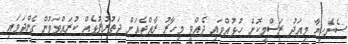
ސެނެހިޔާ މިއަދު ރަސްމީކޮށް ހުޅުއްވައި ދެއްވީ މިހާރު ރާއްޖެއަށް ދަތުރުފުޅެއް ކުރައްވަމުން ގެންދަވައި